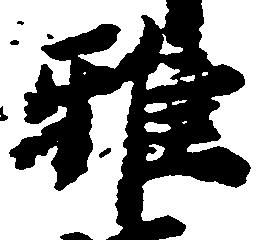
雅